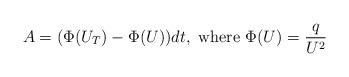
LaTeX: \begin{align*}A=(\Phi(U_T)-\Phi(U))dt, \textrm{ where } \Phi(U)=\frac{q}{U^2}\end{align*}